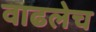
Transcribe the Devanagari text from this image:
वाढलेच